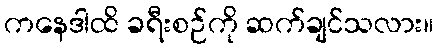
ကနေဒါထိ ခရီးစဉ်ကို ဆက်ချင်သလား။